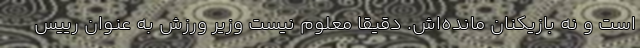
است و نه بازیکنان مانده‌اش. دقیقا معلوم نیست وزیر ورزش به عنوان رییس